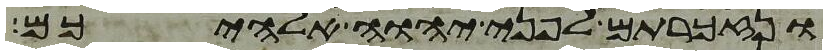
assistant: ונזכרתם לפני יהוה אלהיכם